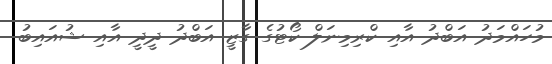
މުހައްމަދު އަބްދު އާއި ކްރިމިނަލް ކޯޓުގެ ގާޒީ އަބްދު ދީދީ އާއި ޝުއައިބު